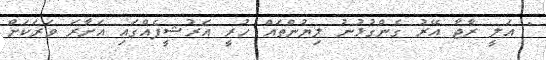
" އަލީ ރާޖާ އޭރު ގެންގުޅުނު ލިޔުންތައް ހުރީ އަރުޝީފެއްގައި އަށާރަ ވަރަކަށް